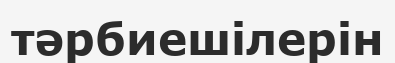
тәрбиешілерін